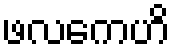
ဖလကေဟိ